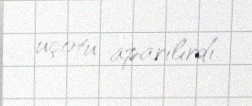
uçotu aparılırdı.